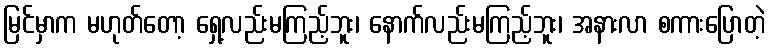
မြင်မှာက မဟုတ်တော့ ရှေ့လည်းမကြည့်ဘူး၊ နောက်လည်းမကြည့်ဘူး၊ အနားလာ စကားပြောတဲ့